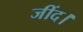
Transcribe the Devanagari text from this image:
जींद।